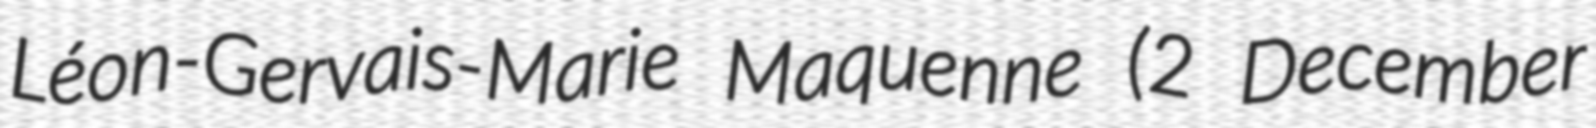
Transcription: Léon-Gervais-Marie Maquenne (2 December